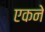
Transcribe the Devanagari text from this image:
एकने